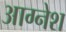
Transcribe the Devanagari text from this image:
आग्नेश